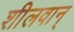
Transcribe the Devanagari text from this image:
शीलवान्